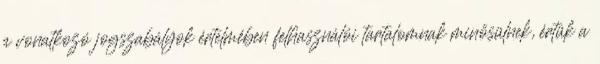
a vonatkozó jogszabályok értelmében felhasználói tartalomnak minősülnek, értük a